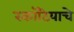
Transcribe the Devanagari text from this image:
स्कॉटियाचे